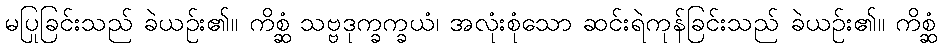
မပြုခြင်းသည် ခဲယဉ်း၏။ ကိစ္ဆံ သဗ္ဗဒုက္ခက္ခယံ၊ အလုံးစုံသော ဆင်းရဲကုန်ခြင်းသည် ခဲယဉ်း၏။ ကိစ္ဆံ